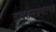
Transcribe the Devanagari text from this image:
द्वादशलक्षणात्मक